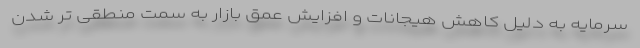
سرمایه به دلیل کاهش هیجانات و افزایش عمق بازار به سمت منطقی تر شدن